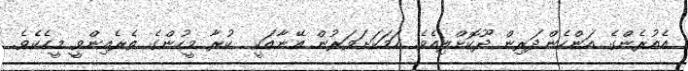
އެއުރެންގެ އަންހެންދަރިން ދޫކޮށްލިއެވެ. ހަމަކަށަވަރުން އޭނާއަކީ  ކުރާ މީހުންގެ ތެރެއިންވީ މީހެކެވެ.